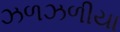
ઝળઝળીયા